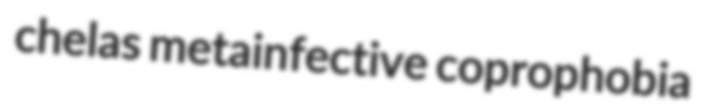
chelas metainfective coprophobia